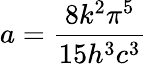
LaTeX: a=\frac{8k^{2}\pi^{5}}{15h^{3}c^{3}}